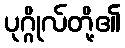
ပုဂ္ဂိုလ်တို့၏